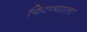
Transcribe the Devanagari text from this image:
फिरण्याला